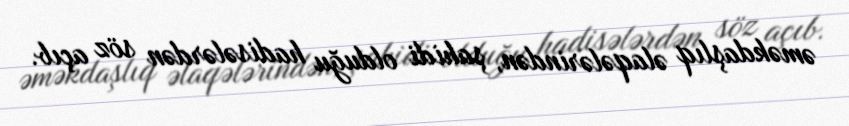
əməkdaşlıq əlaqələrindən, şahidi olduğu hadisələrdən söz açıb.